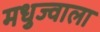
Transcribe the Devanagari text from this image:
मधुज्वाला